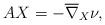
LaTeX: \begin{align*}A X=-\overline{\nabla}_X\nu,\end{align*}